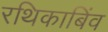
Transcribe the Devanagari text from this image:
रथिकाबिंव